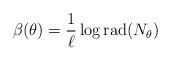
LaTeX: \begin{align*}\beta(\theta)=\frac{1}{\ell}\log \mathrm{rad}(N_\theta)\end{align*}